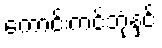
ကောင်းကင်ဘုံနှင့်